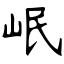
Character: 岷